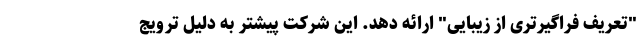
"تعریف فراگیرتری از زیبایی" ارائه دهد. این شرکت پیشتر به دلیل ترویج